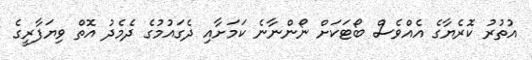
އުތުރު ކޮރެޔާގެ އެއްވެސް ބޯޓަކަށް ނޯންނާނެ ކަމަށާއި ދެގައުމުގެ ދެމެދު އޮތް ވިޔަފާރީގެ